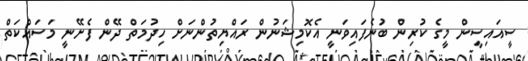
ސީއައިސީން މީގެ ކުރިން ބުނެފައިވަނީ އެކޮމިޝަނުން ރައްޔިތުންނަށް ހިދުމަތް ދޭން ފެށޭނީ މަސައްކަތް